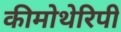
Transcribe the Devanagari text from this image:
कीमोथेरिपी